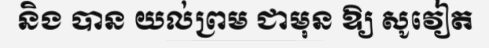
និង បាន យល់ព្រម ជាមុន ឱ្យ សូវៀត